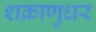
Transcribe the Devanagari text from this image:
शक्राणुधर